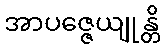
အာပဇ္ဇေယျုန္တိ